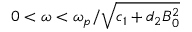
0 < \omega < \omega _ { p } / \sqrt { c _ { 1 } + d _ { 2 } B _ { 0 } ^ { 2 } }